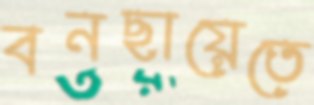
বনছায়েতে